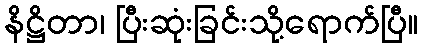
နိဋ္ဌိတာ၊ ပြီးဆုံးခြင်းသို့ရောက်ပြီ။